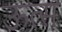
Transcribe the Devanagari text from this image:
ऊत्स